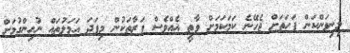
މިނިވަންކަން ފަހަތަށް ޖެހޭނެ ކަމަކަމަށް ވާތީ އެއްވެސް ފަރާތަކުން މިފަދަ އަމަލުތައް ނުހިންގުމަށް